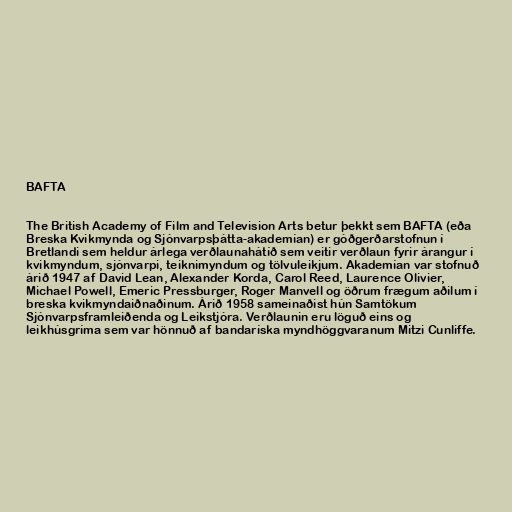
BAFTA

The British Academy of Film and Television Arts betur þekkt sem BAFTA (eða
Breska Kvikmynda og Sjónvarpsþátta-akademían) er góðgerðarstofnun í
Bretlandi sem heldur árlega verðlaunahátíð sem veitir verðlaun fyrir árangur í
kvikmyndum, sjónvarpi, teiknimyndum og tölvuleikjum. Akademían var stofnuð
árið 1947 af David Lean, Alexander Korda, Carol Reed, Laurence Olivier,
Michael Powell, Emeric Pressburger, Roger Manvell og öðrum frægum aðilum í
breska kvikmyndaiðnaðinum. Árið 1958 sameinaðist hún Samtökum
Sjónvarpsframleiðenda og Leikstjóra. Verðlaunin eru löguð eins og
leikhúsgríma sem var hönnuð af bandaríska myndhöggvaranum Mitzi Cunliffe.